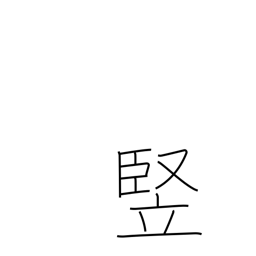
Meaning: length